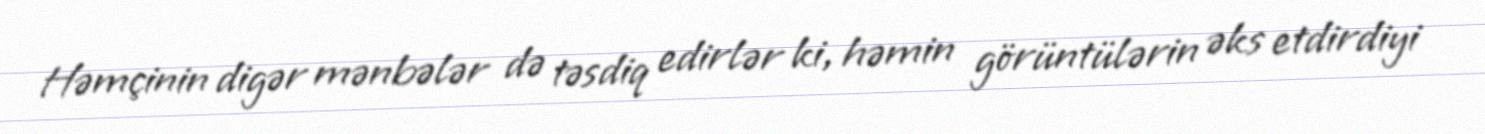
Həmçinin digər mənbələr də təsdiq edirlər ki, həmin görüntülərin əks etdirdiyi